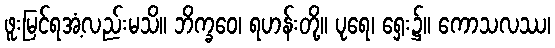
ဖူးမြင်ရအံ့လည်းမသိ။ ဘိက္ခဝေ၊ ရဟန်းတို့။ ပုရေ၊ ရှေး၌။ ကောသလဿ၊